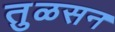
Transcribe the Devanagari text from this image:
तुळसन